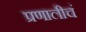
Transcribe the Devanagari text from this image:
प्रणालीचं